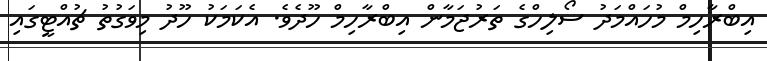
އިބްރާހިމް މުހައްމަދު ސޯލިހްގެ ތަރުޖަމާން އިބްރާހިމް ހޫދެވެ. އެކަމަކު ހޫދު މިވަގުތު ޗުއްޓީގައި